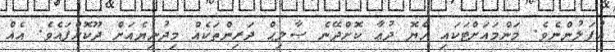
އުފަލުންނެވެ. މަންމައަށްޓަކައި ހެޔޮ ދުޢާ ކޮށްދޭނެ ޞާލިޙް ދަރިންތަކެއް މިދުނިޔެއަށް ދޫކޮށްފައެވެ. އެއް